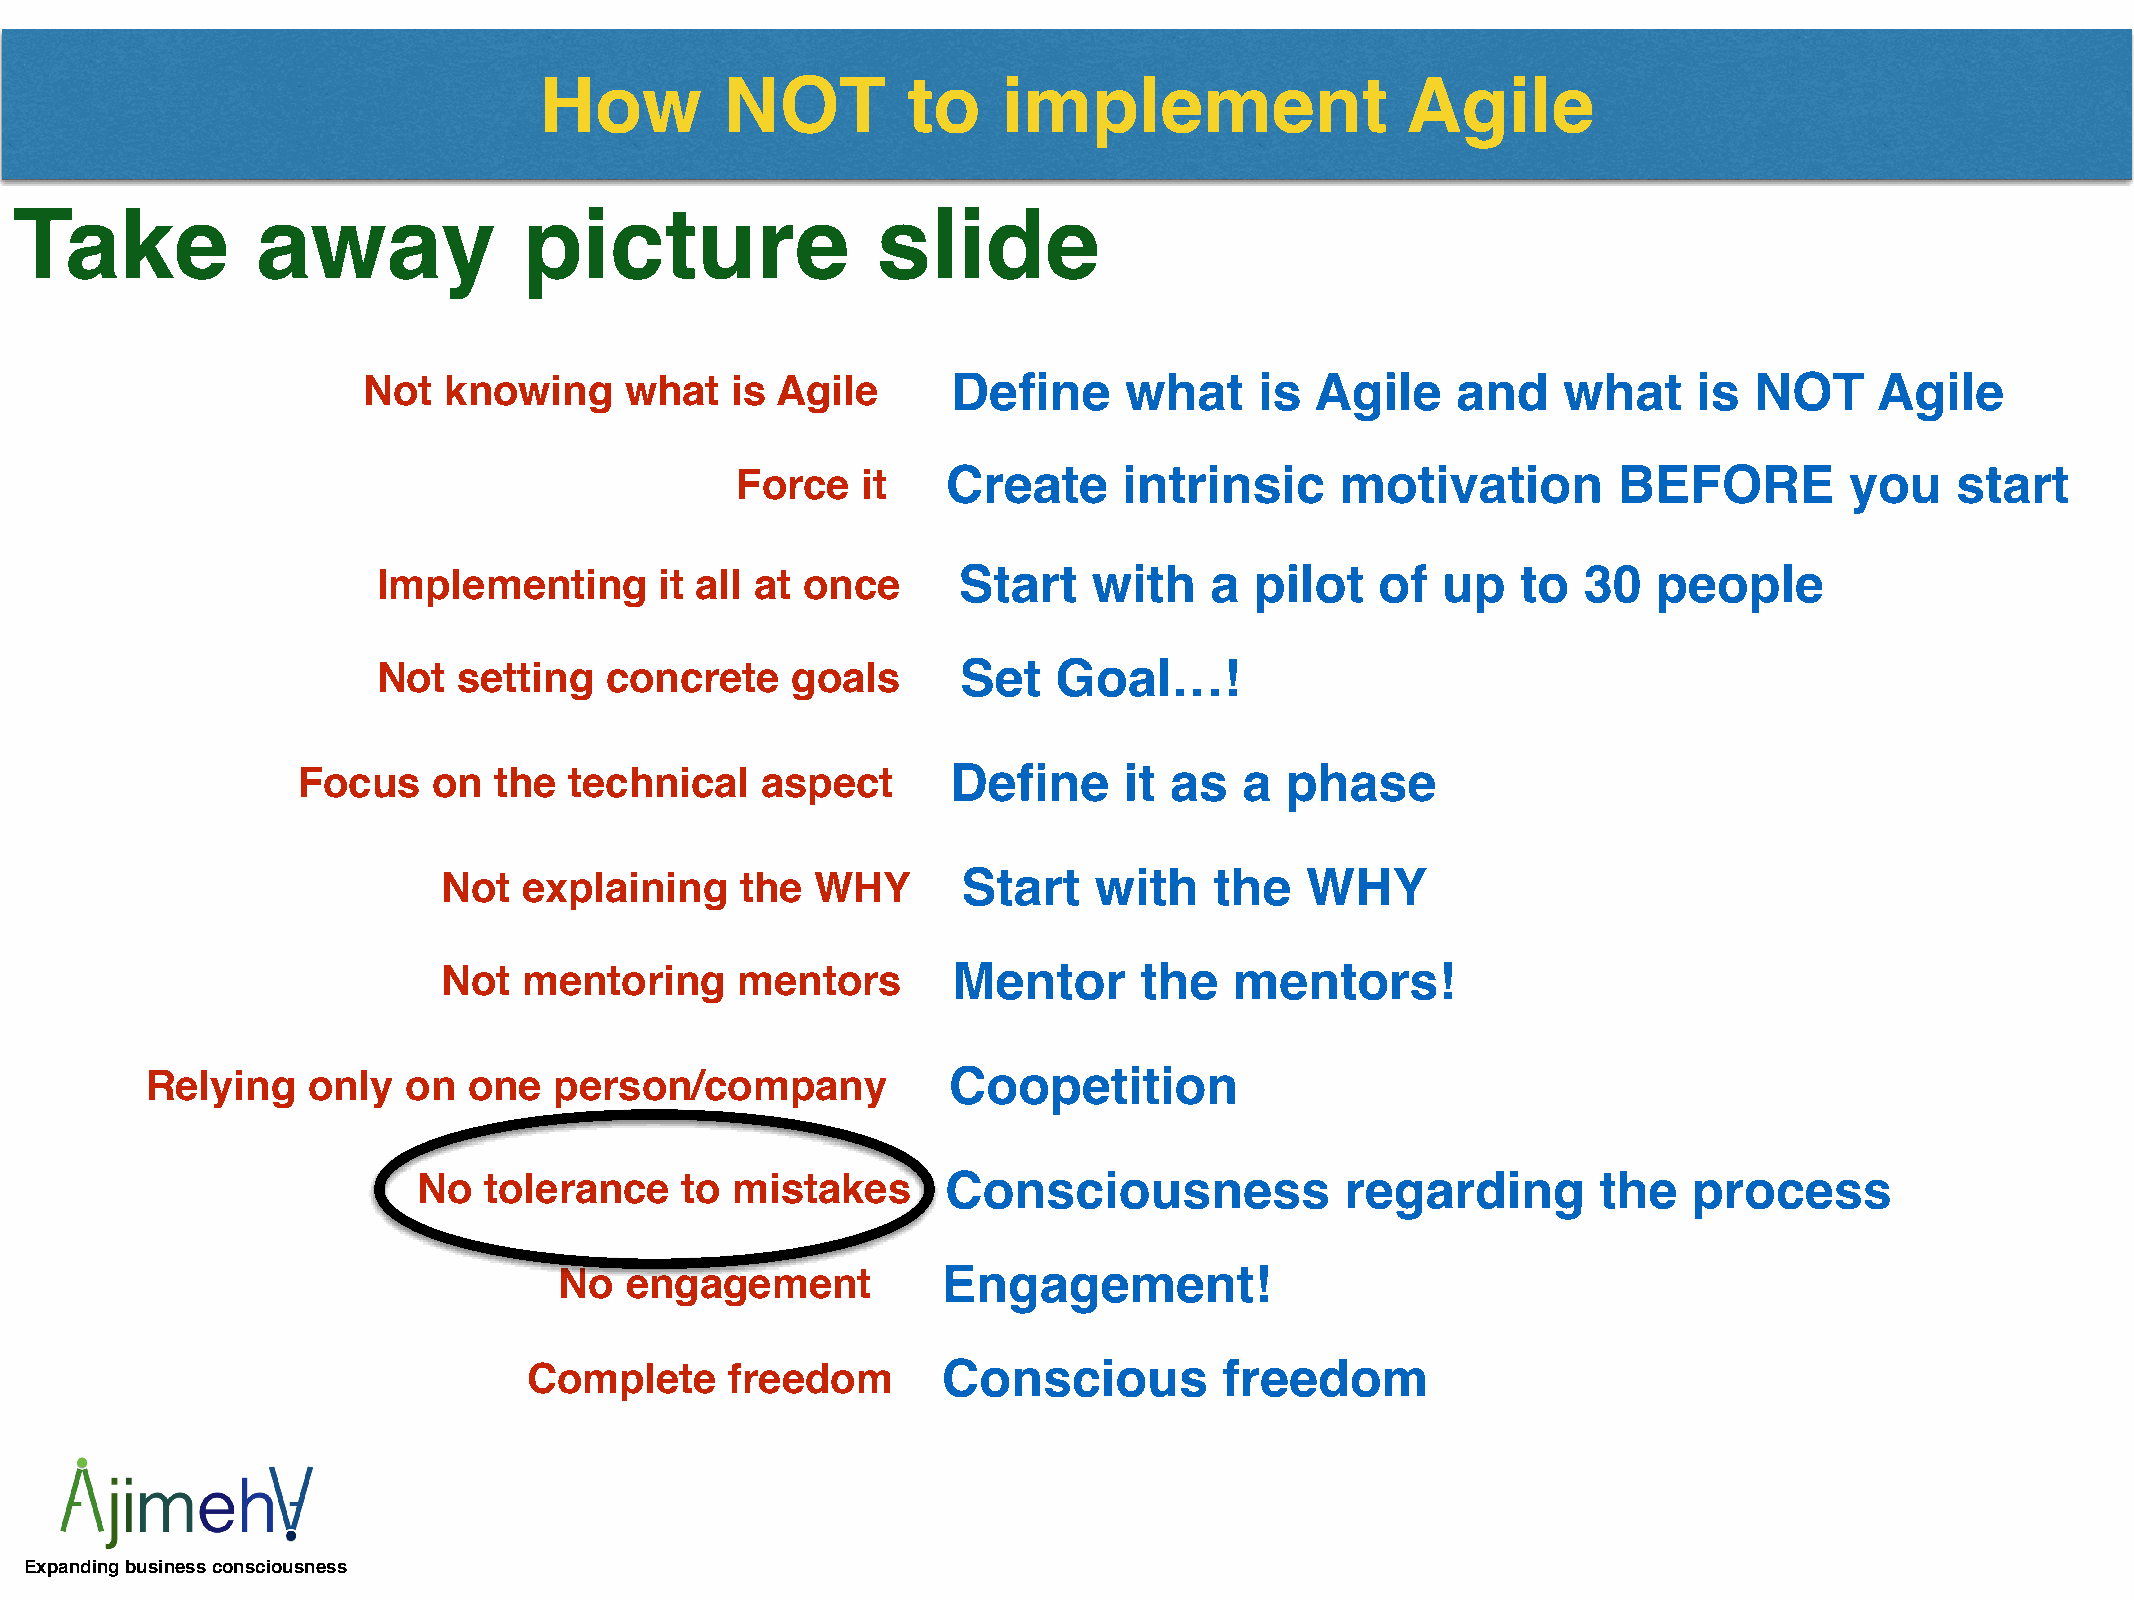
How         NOT         to    implement                  Agile
 Take            away              picture                slide
 Not  knowing     what   is Agile       Define     what     is  Agile    and    what     is  NOT     Agile
 Force   it    Create     intrinsic      motivation        BEFORE         you    start
 Implementing       it all at once     Start    with    a  pilot   of  up    to  30   people
 Not  setting   concrete    goals       Set   Goal…!
 Focus    on  the  technical   aspect       Define     it as   a  phase
 Not   explaining    the  WHY       Start   with    the   WHY
 Not   mentoring     mentors       Mentor      the    mentors!
 Relying   only   on  one   person/company            Coopetition
 No  tolerance    to mistakes       Consciousness             regarding        the   process
 No  engagement           Engagement!
 Complete     freedom       Conscious          freedom
 Expanding business consciousness